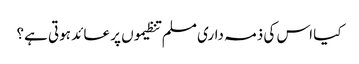
کیا اس کی ذمہ داری مسلم تنظیموں پر عائد ہوتی ہے؟